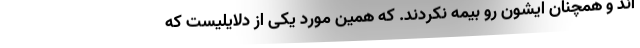
اند و همچنان ایشون رو بیمه نکردند. که همین مورد یکی از دلایلیست که